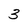
Character: 3